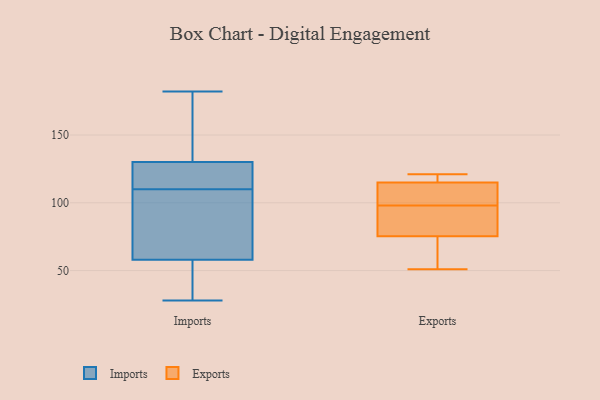
{"axis": {"x": "Market Share (%)", "y": "Value"}, "legend": ["Exports", "Imports"], "data": [{"x": "", "y": 64, "type": "Imports"}, {"x": "", "y": 142, "type": "Imports"}, {"x": "", "y": 112, "type": "Imports"}, {"x": "", "y": 175, "type": "Imports"}, {"x": "", "y": 36, "type": "Imports"}, {"x": "", "y": 61, "type": "Imports"}, {"x": "", "y": 126, "type": "Imports"}, {"x": "", "y": 28, "type": "Imports"}, {"x": "", "y": 182, "type": "Imports"}, {"x": "", "y": 110, "type": "Imports"}, {"x": "", "y": 49, "type": "Imports"}, {"x": "", "y": 111, "type": "Imports"}, {"x": "", "y": 69, "type": "Imports"}, {"x": "", "y": 114, "type": "Exports"}, {"x": "", "y": 101, "type": "Exports"}, {"x": "", "y": 51, "type": "Exports"}, {"x": "", "y": 120, "type": "Exports"}, {"x": "", "y": 70, "type": "Exports"}, {"x": "", "y": 98, "type": "Exports"}, {"x": "", "y": 67, "type": "Exports"}, {"x": "", "y": 94, "type": "Exports"}, {"x": "", "y": 77, "type": "Exports"}, {"x": "", "y": 118, "type": "Exports"}, {"x": "", "y": 107, "type": "Exports"}, {"x": "", "y": 121, "type": "Exports"}, {"x": "", "y": 90, "type": "Exports"}]}